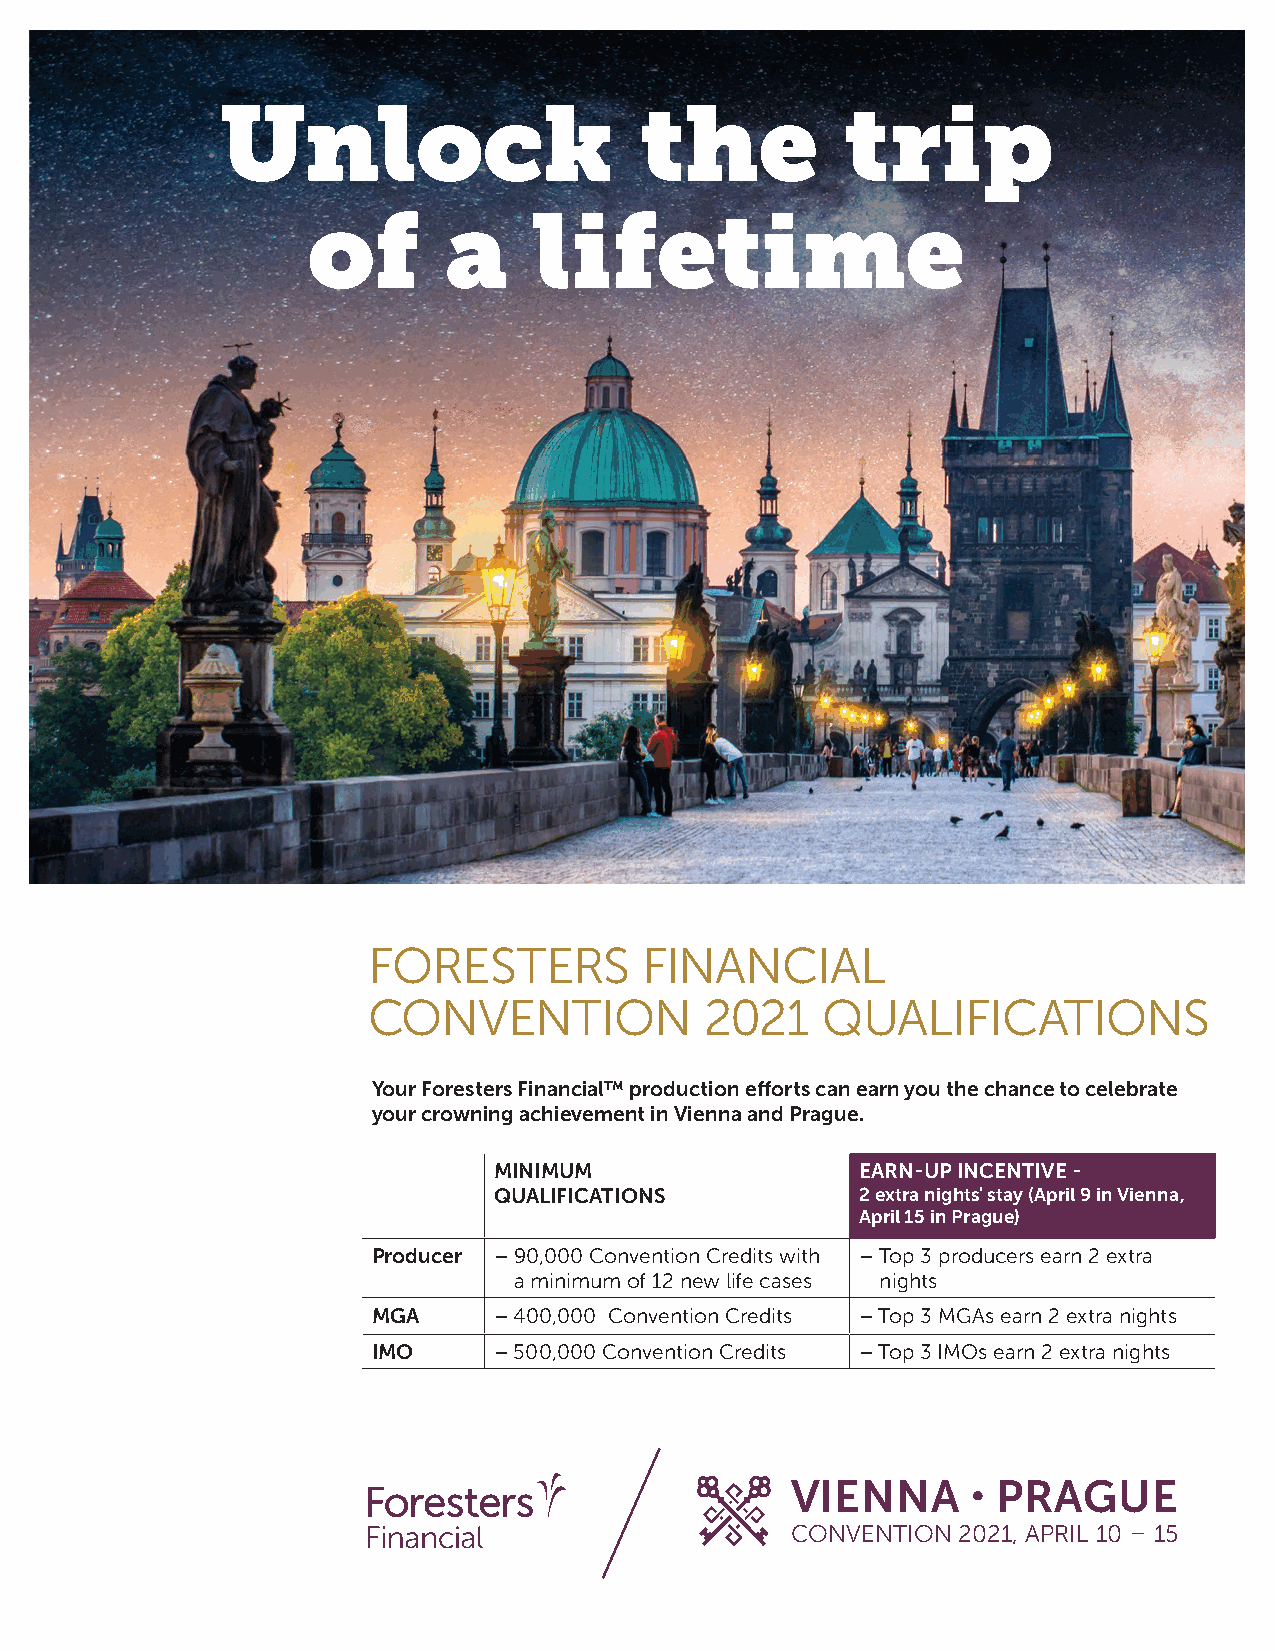
Unlock                     the           trip
 of       a     lifetime
 FORESTERS          FINANCIAL
 CONVENTION             2021    QUALIFICATIONS
 Your Foresters Financial™ production efforts can earn you the chance to celebrate
 your crowning achievement in Vienna and Prague.
 MINIMUM                 EARN-UP INCENTIVE -
 QUALIFICATIONS          2 extra nights' stay (April 9 in Vienna,
 April 15 in Prague)
 Producer – 9 0,000 Convention Credits with – Top 3 producers earn 2 extra
 a minimum of 12 new life cases nights
 MGA     – 400,000 Convention Credits – Top 3 MGAs earn 2 extra nights
 IMO     – 500,000 Convention Credits – Top 3 IMOs earn 2 extra nights
 VIENNA      • PRAGUE
 CONVENTION 2021, APRIL 10 – 15